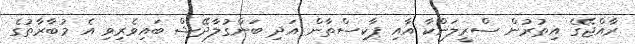
ރާއްޖޭގެ އިތުރުން ސްރީލަންކާ އާއި ޕާކިސްތާން އަދި ބަންގުލާދޭޝް ބައިވެރިވި އެ މުބާރާތުގެ